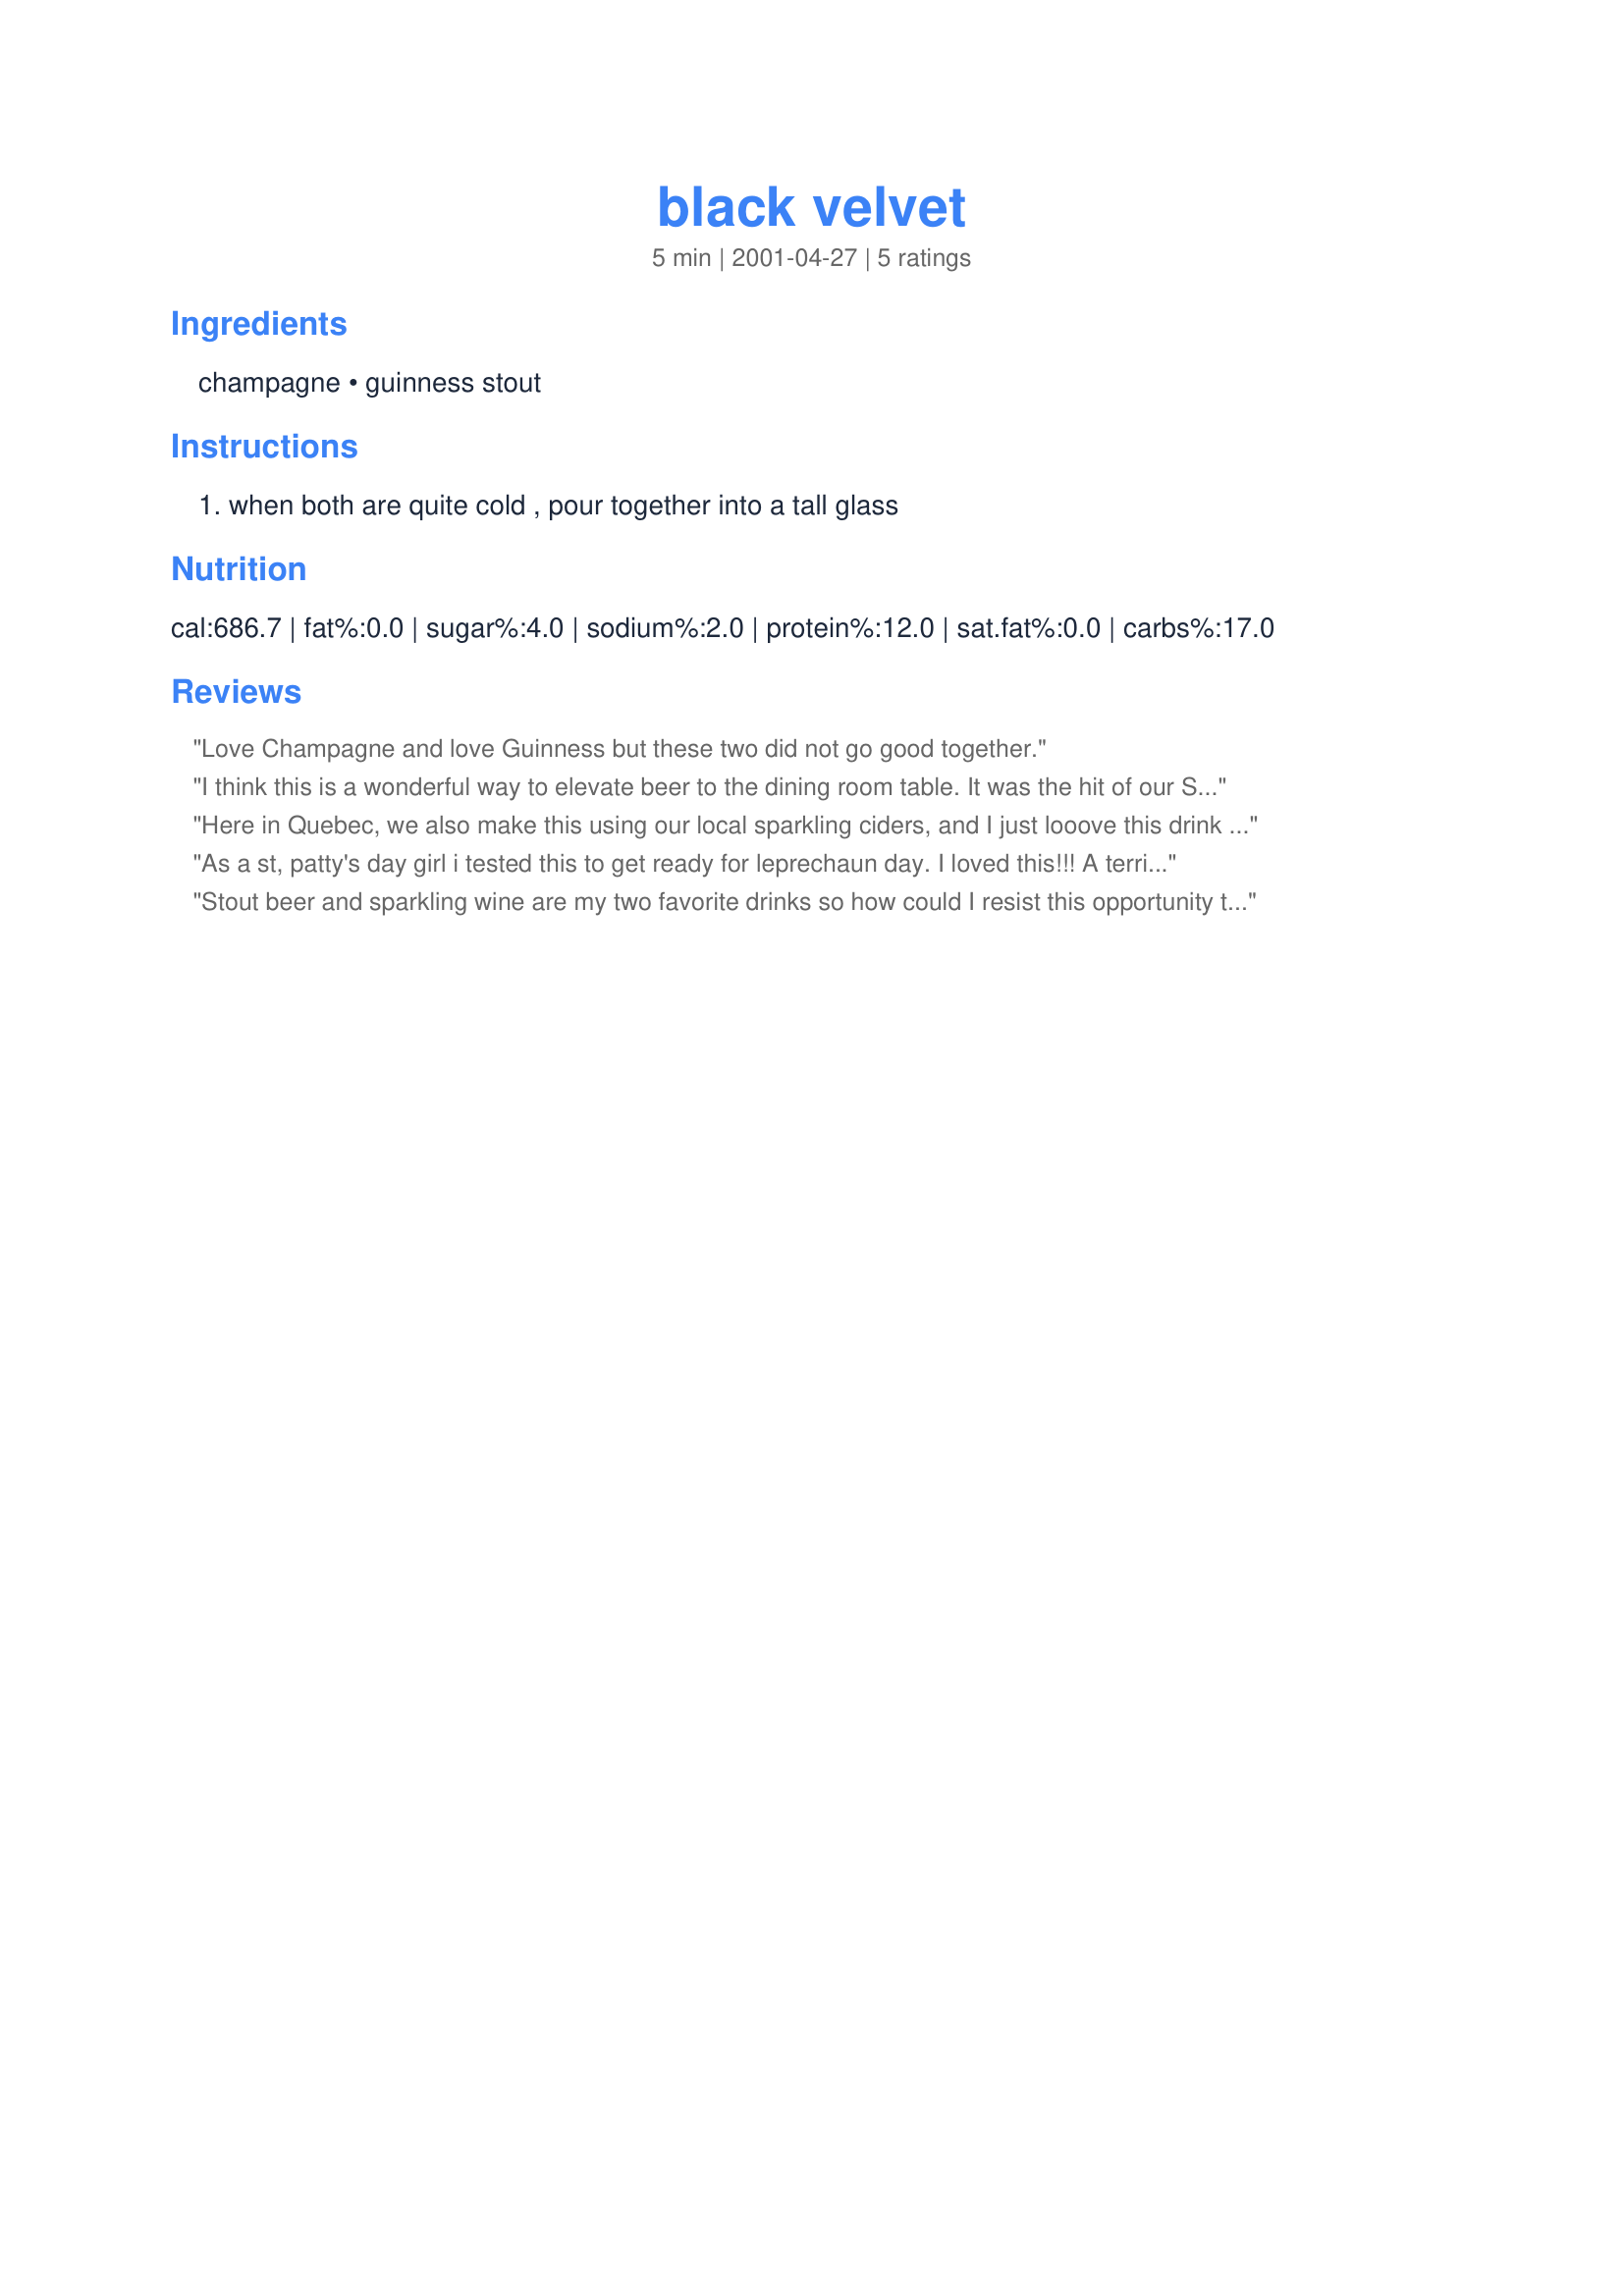
black velvet
Preparation time: 5 minutes

Ingredients:
champagne, guinness stout

Steps:
when both are quite cold , pour together into a tall glass

Reviews:
Love Champagne and love Guinness but these two did not go good together.
I think this is a wonderful way to elevate beer to the dining room table. It was the hit of our St. Pat's Day dinner. Made for photo tag.
Here in Quebec, we also make this using our local sparkling ciders, and I just looove this drink (and I don't usually like beer at all!). We also call it Black Velvet. Give it a try!
As a st, patty's day girl i tested this to get ready for leprechaun day. I loved this!!! A terrific drink, thanks so much for sharing FT
Stout beer and sparkling wine are my two favorite drinks so how could I resist this opportunity to try them together? INCREDIBLE! It has a strong Guinness flavor but softened texture, like a spritzer. I still like both the ingredients separately but this is a fun change. My husband isn't a big dark beer or champagne drinker and enjoyed this. The champagne flavor is completely overpowered so I wouldn't use a good bubbly - a cheaper one that's a day old (but properly capped to preserve the bubbles), or even a nonalcoholic would be fine.
